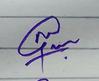
Signature authenticity: genuine